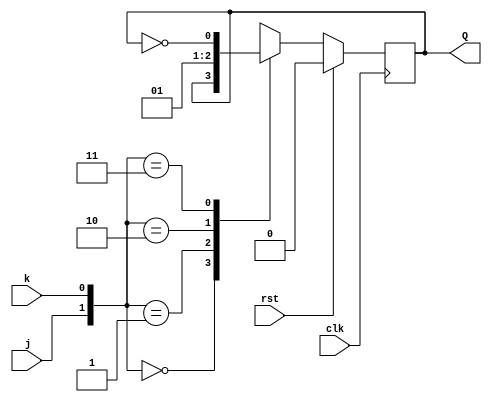
module Day19_JK_FF(input j,
                   input k,
                   input clk,
                   input rst,
                   output reg Q);
  
  always @ (posedge clk)
    begin
      
      if(rst) begin
        Q <= 1'b0;
      end
      
      else begin
      case ({j,k})
        2'b00: Q <= Q;
        2'b01: Q <= 1'b0;
        2'b10: Q <= 1'b1;
        2'b11: Q <= ~Q;
      endcase
      end
      
    end
  
endmodule